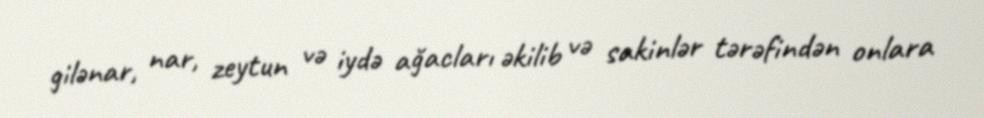
gilənar, nar, zeytun və iydə ağacları əkilib və sakinlər tərəfindən onlara